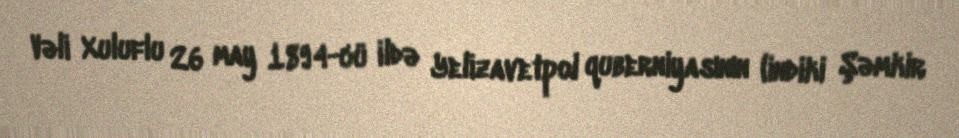
Vəli Xuluflu 26 may 1894-cü ildə Yelizavetpol quberniyasının (indiki Şəmkir